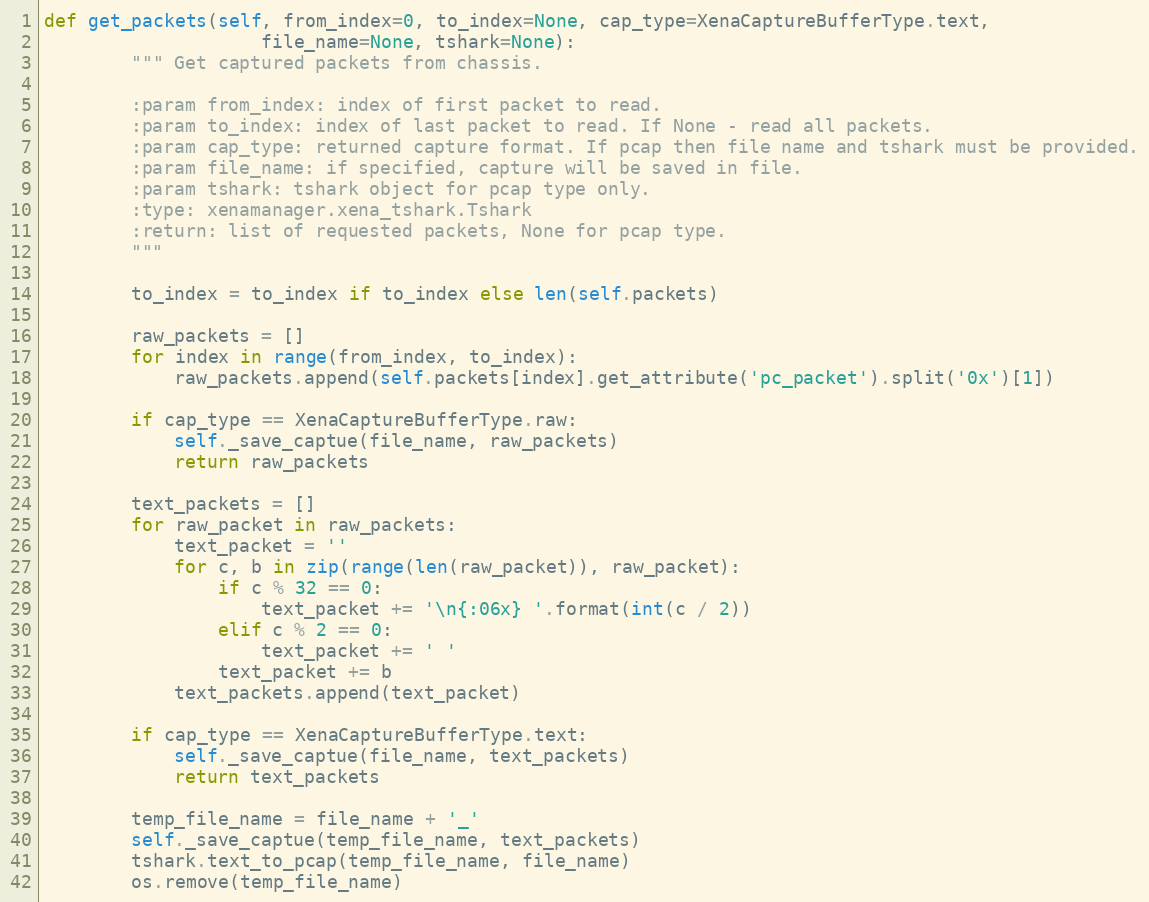
Language: Python
def get_packets(self, from_index=0, to_index=None, cap_type=XenaCaptureBufferType.text,
                    file_name=None, tshark=None):
        """ Get captured packets from chassis.

        :param from_index: index of first packet to read.
        :param to_index: index of last packet to read. If None - read all packets.
        :param cap_type: returned capture format. If pcap then file name and tshark must be provided.
        :param file_name: if specified, capture will be saved in file.
        :param tshark: tshark object for pcap type only.
        :type: xenamanager.xena_tshark.Tshark
        :return: list of requested packets, None for pcap type.
        """

        to_index = to_index if to_index else len(self.packets)

        raw_packets = []
        for index in range(from_index, to_index):
            raw_packets.append(self.packets[index].get_attribute('pc_packet').split('0x')[1])

        if cap_type == XenaCaptureBufferType.raw:
            self._save_captue(file_name, raw_packets)
            return raw_packets

        text_packets = []
        for raw_packet in raw_packets:
            text_packet = ''
            for c, b in zip(range(len(raw_packet)), raw_packet):
                if c % 32 == 0:
                    text_packet += '\n{:06x} '.format(int(c / 2))
                elif c % 2 == 0:
                    text_packet += ' '
                text_packet += b
            text_packets.append(text_packet)

        if cap_type == XenaCaptureBufferType.text:
            self._save_captue(file_name, text_packets)
            return text_packets

        temp_file_name = file_name + '_'
        self._save_captue(temp_file_name, text_packets)
        tshark.text_to_pcap(temp_file_name, file_name)
        os.remove(temp_file_name)